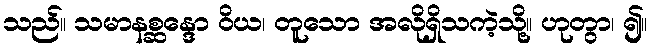
သည်။ သမာနစ္ဆန္ဒော ဝိယ၊ တူသော အလိုရှိသကဲ့သို့။ ဟုတွာ၊ ၍။